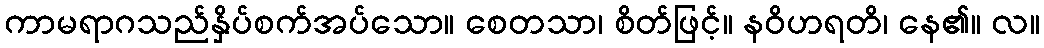
ကာမရာဂသည်နှိပ်စက်အပ်သော။ စေတသာ၊ စိတ်ဖြင့်။ နဝိဟရတိ၊ နေ၏။ လ။